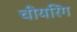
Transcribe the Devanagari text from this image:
चीयरिंग